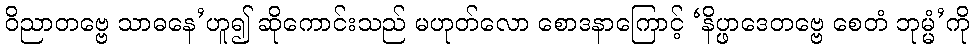
ဝိညာတဗ္ဗေ သာဓနေ’ဟူ၍ ဆိုကောင်းသည် မဟုတ်လော စောဒနာကြောင့် ‘နိပ္ဖာဒေတဗ္ဗေ စေတံ ဘုမ္မံ’ကို